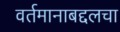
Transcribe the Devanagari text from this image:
वर्तमानाबद्दलचा